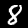
Label: 8